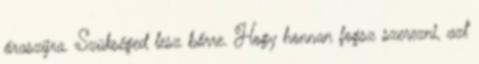
óraszíjra. Szükséged lesz bőrre. Hogy honnan fogsz szerezni, azt